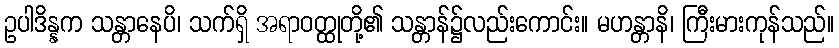
ဥပါဒိန္နက သန္တာနေပိ၊ သက်ရှိ အရာဝတ္ထုတို့၏ သန္တာန်၌လည်းကောင်း။ မဟန္တာနိ၊ ကြီးမားကုန်သည်။